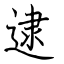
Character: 逮